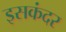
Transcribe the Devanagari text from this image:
इसकंदर